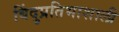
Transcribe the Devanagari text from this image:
बिंदुप्रतिभाशाली